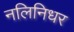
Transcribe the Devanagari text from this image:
नलिनिधर